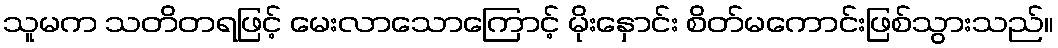
သူမက သတိတရဖြင့် မေးလာသောကြောင့် မိုးနှောင်း စိတ်မကောင်းဖြစ်သွားသည်။